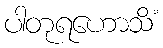
ပါတုရဟောသိံ